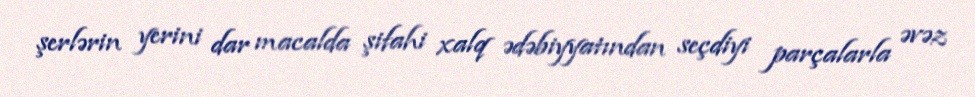
şerlərin yerini dar macalda şifahi xalq ədəbiyyatından seçdiyi parçalarla əvəz